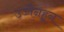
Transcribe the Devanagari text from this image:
उज्जैनहून